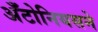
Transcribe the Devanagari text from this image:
अँटोनियसने